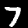
Digit: 7